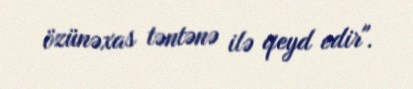
özünəxas təntənə ilə qeyd edir".